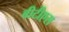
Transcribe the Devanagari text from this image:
बीटीएस